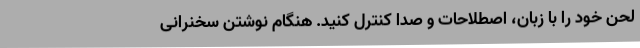
لحن خود را با زبان، اصطلاحات و صدا کنترل کنید. هنگام نوشتن سخنرانی